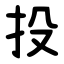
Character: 投